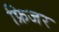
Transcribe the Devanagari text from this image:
फ्रिजर